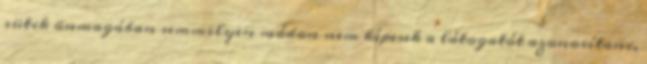
sütik önmagában semmilyen módon nem képesek a látogatót azonosítani,